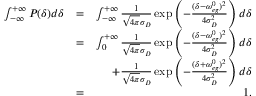
\begin{array} { r l r } { \int _ { - \infty } ^ { + \infty } P ( \delta ) d \delta } & { = } & { \int _ { - \infty } ^ { + \infty } \frac { 1 } { \sqrt { 4 \pi } \sigma _ { D } } \exp \left( - \frac { ( \delta - \omega _ { e g } ^ { 0 } ) ^ { 2 } } { 4 \sigma _ { D } ^ { 2 } } \right) d \delta } \\ & { = } & { \int _ { 0 } ^ { + \infty } \frac { 1 } { \sqrt { 4 \pi } \sigma _ { D } } \exp \left( - \frac { ( \delta - \omega _ { e g } ^ { 0 } ) ^ { 2 } } { 4 \sigma _ { D } ^ { 2 } } \right) d \delta } \\ & { } & { + \frac { 1 } { \sqrt { 4 \pi } \sigma _ { D } } \exp \left( - \frac { ( \delta + \omega _ { e g } ^ { 0 } ) ^ { 2 } } { 4 \sigma _ { D } ^ { 2 } } \right) d \delta } \\ & { = } & { 1 . } \end{array}